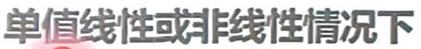
单值线性或非线性情况下